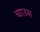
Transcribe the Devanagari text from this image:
चाउस